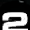
Digit: 2